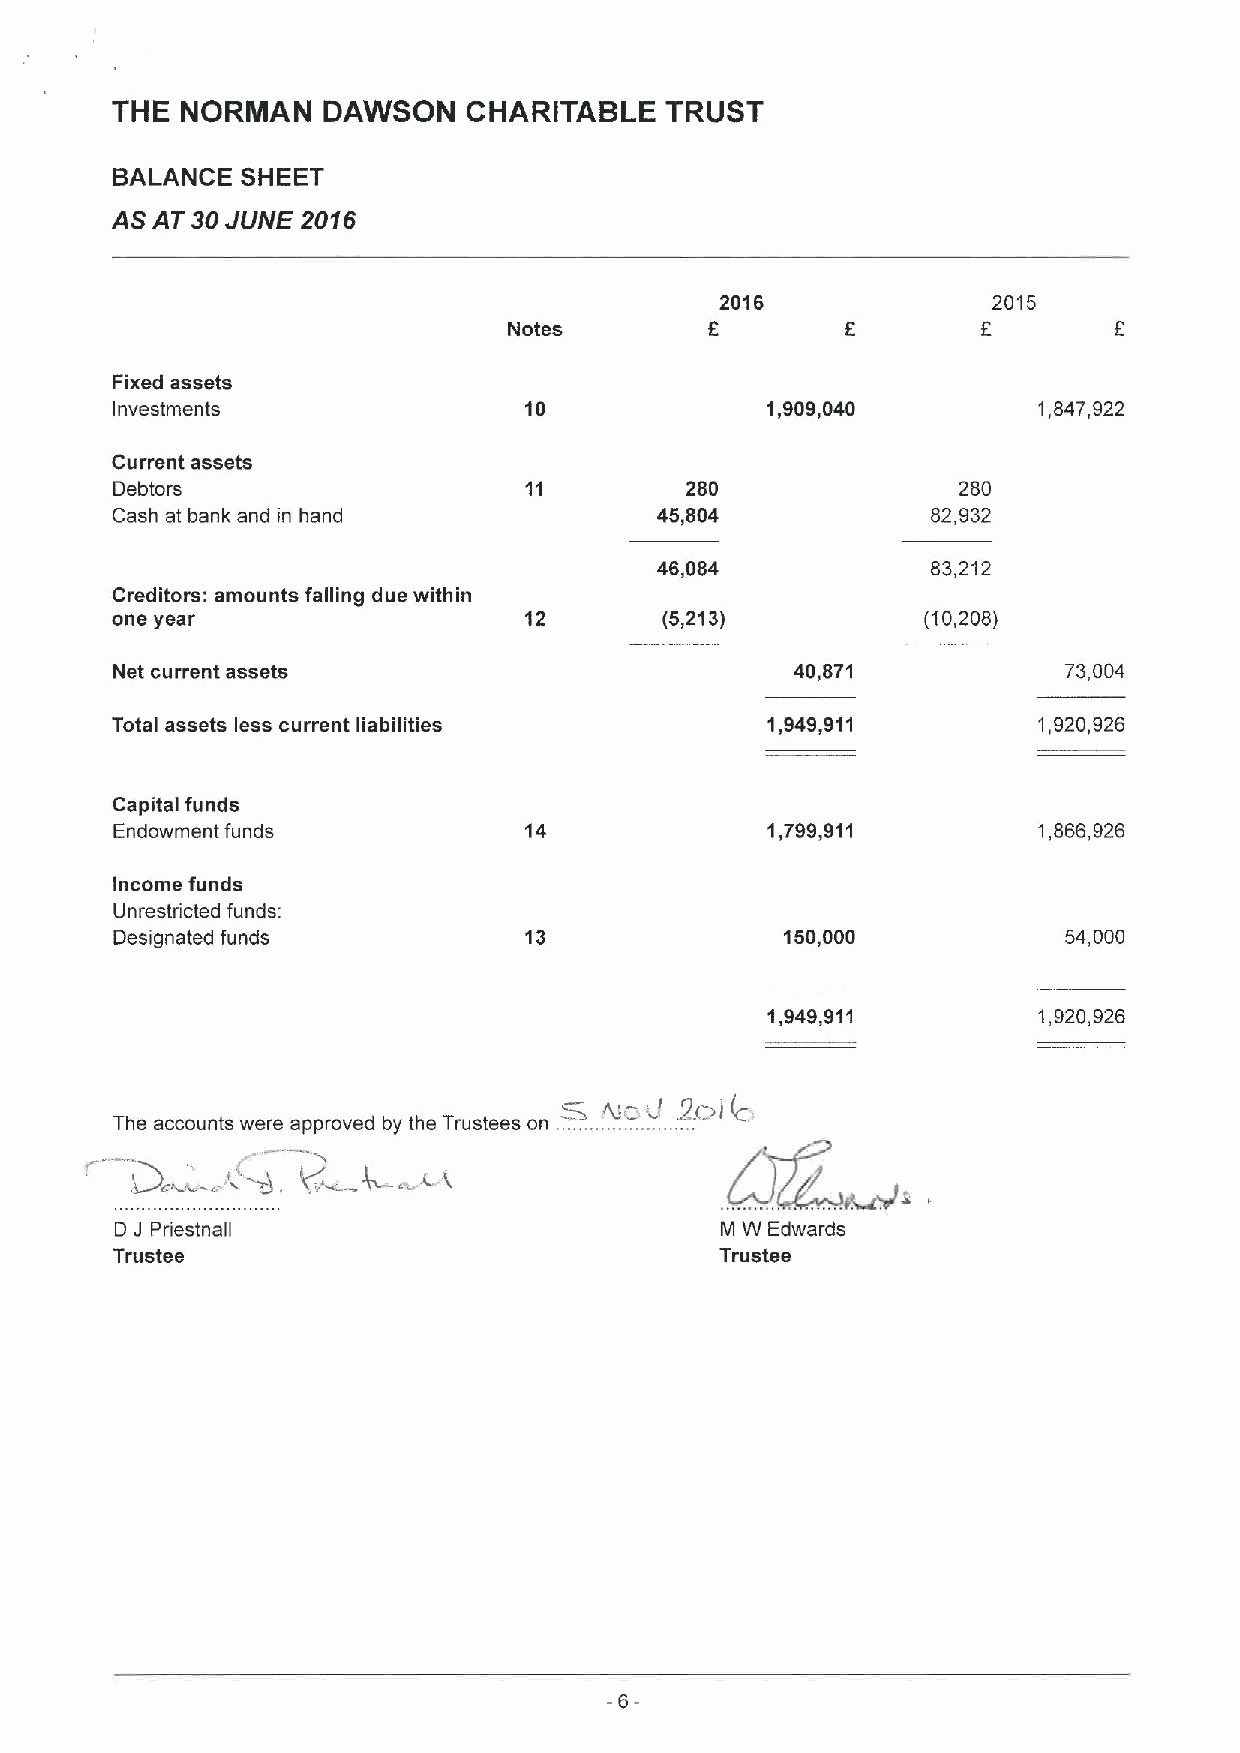
THE  NORMAN   DAWSON    CHARITABLE   TRUST
 BALANCE  SHEET
 AS AT 30JUNE 2016
 2016              2015
 Notes                          E
 Fixed assets
 Investments                 10              1,909,040         1,847,922
 Current assets
 Debtors                               280               280
 Cash at bank and in hand            45,804             82,932
 46,084             83,212
 Creditors: amounts falling due within
 one year                    12       (5,213)          (10,208)
 Net current assets                            40,871            73,004
 Total assets less current liabilities       1,949,911         1,920,926
 Capital funds
 Endowment funds             14              1,799,911         1,866,926
 Income funds
 Unrestricted funds:
 Designated funds            13               150,000            54,000
 1,949,911         1,920,926
 The accounts were approved by the Trustees on
 D J Priestnall                          M W Edwards
 Trustee                                  Trustee